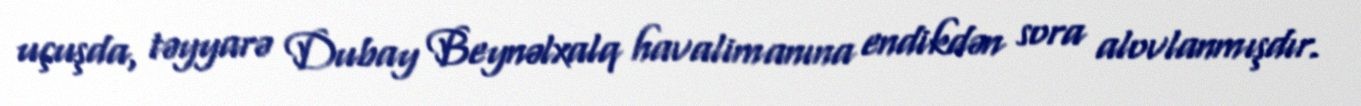
uçuşda, təyyarə Dubay Beynəlxalq havalimanına endikdən sora alovlanmışdır.